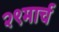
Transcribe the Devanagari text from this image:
२९मार्च